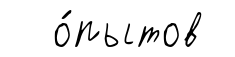
о́пытов